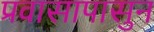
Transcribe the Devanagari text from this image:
प्रवासापासुन